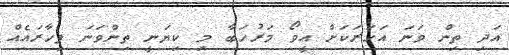
އަދި ތިން ވަަނަ އަހަރަކަށް އީވޯ މަރުހަބާ މި ކިޔަނީ ތިންވަނަ ފިހާރައެއް